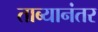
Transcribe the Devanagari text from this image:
ताब्यानंतर